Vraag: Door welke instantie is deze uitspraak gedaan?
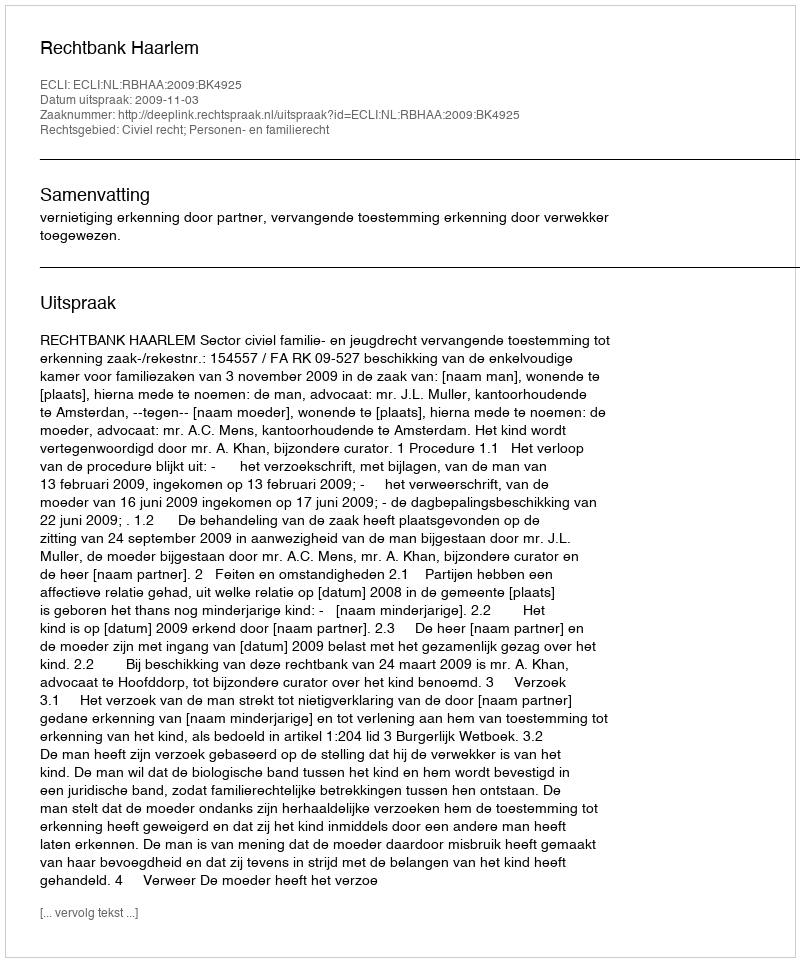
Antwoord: Rechtbank Haarlem